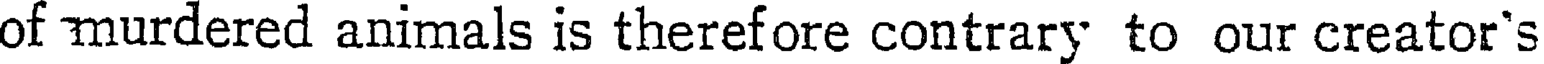
of murdered animals is therefore contrary to our creator's